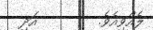
ލެއްވިއެވެ.        އަދި